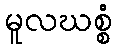
မူလဃစ္စံ